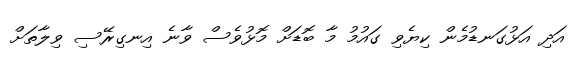
އަދި އަޅުގަނޑުމެން ކިޔެވި ގައުމު މާ ބޮޑަށް މޮޅުވެސް ވާނެ އިނގިރޭސި ވިލާތަށް